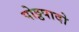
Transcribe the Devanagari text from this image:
पोठ्ठपादो